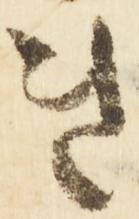
き